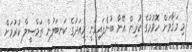
މި މަޤާމަށް ހޮވުމުގެ ކުރިން އޭނާ ބުނެފައިވަނީ މިއަދުގެ ކަނބަލުން ތަމްޞީލް ކުރުމަށް